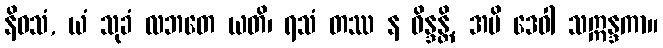
နိဝသံ, ယံ သုခံ လဘတေ ယတိ၊ ရသံ တဿ န ဝိန္ဒန္တိ, အပိ ဒေဝါ သဣန္ဒကာ။